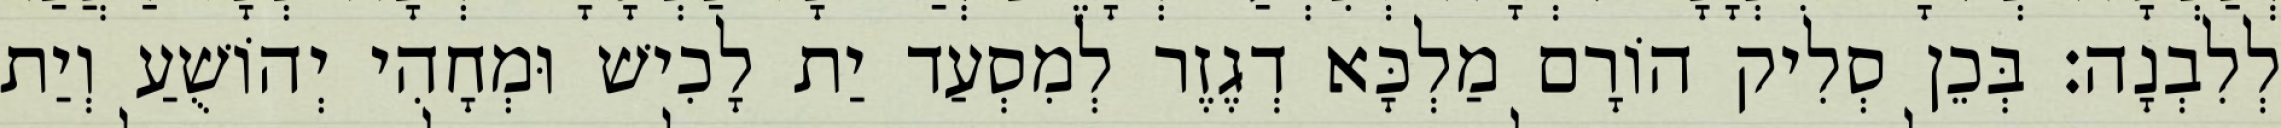
לְלִבְנָה׃ בְּכֵן סְלִיק הוֹרָם מַלְכָּא דְגֶזֶר לְמִסְעַד יַת לָכִישׁ וּמְחָהִי יְהוֹשֻׁעַ וְיַת